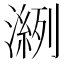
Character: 𰝎